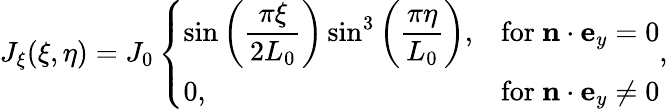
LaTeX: \begin{array}{r}{J_{\xi}(\xi,\eta)=J_{0}\left\{ \begin{array}{ll}{\sin\bigg(\displaystyle\frac{\pi\xi}{2L_{0}}\bigg)\sin^{3}\bigg(\displaystyle\frac{\pi\eta}{L_{0}}\bigg),}&{\mathrm{for~}\mathbf{n}\cdot\mathbf{e}_{y}=0}\\ {0,}&{\mathrm{for~}\mathbf{n}\cdot\mathbf{e}_{y}\ne 0}\end{array}\right.,}\end{array}